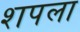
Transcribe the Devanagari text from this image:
शपला